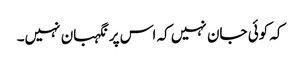
کہ کوئی جان نہیں کہ اس پر نگہبان نہیں۔